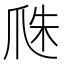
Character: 𤔏